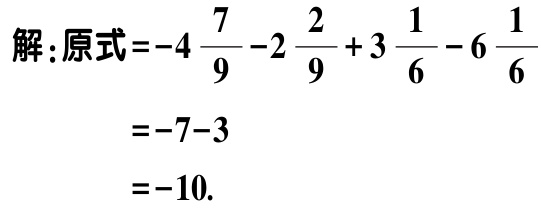
解：原式\(=-4\frac{7}{9}-2\frac{2}{9}+3\frac{1}{6}-6\frac{1}{6}\)

\(=-7 - 3\)

\(=-10\).